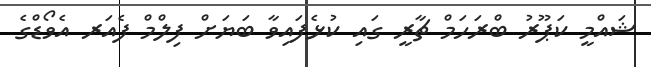
ޝައްމީ ކަޕޫރު ބްރަހަމް ޗާރީ ގައި ކުޅެފައިވާ ބަޔަށް ފިލްމް ފެއަރ އެވޯޑްގެ